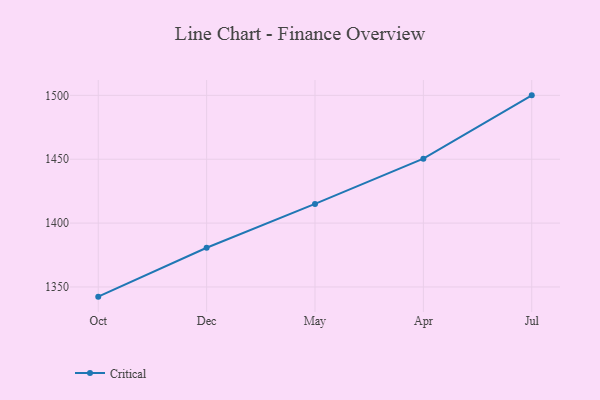
{"axis": {"x": "Month", "y": "Backlog"}, "legend": ["Critical"], "data": [{"x": "Oct", "y": 1342.4, "type": "Critical"}, {"x": "Dec", "y": 1380.7, "type": "Critical"}, {"x": "May", "y": 1415.0, "type": "Critical"}, {"x": "Apr", "y": 1450.4, "type": "Critical"}, {"x": "Jul", "y": 1500.0, "type": "Critical"}]}